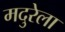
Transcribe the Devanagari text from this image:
मदुरेला